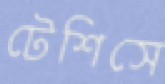
টেশিসে